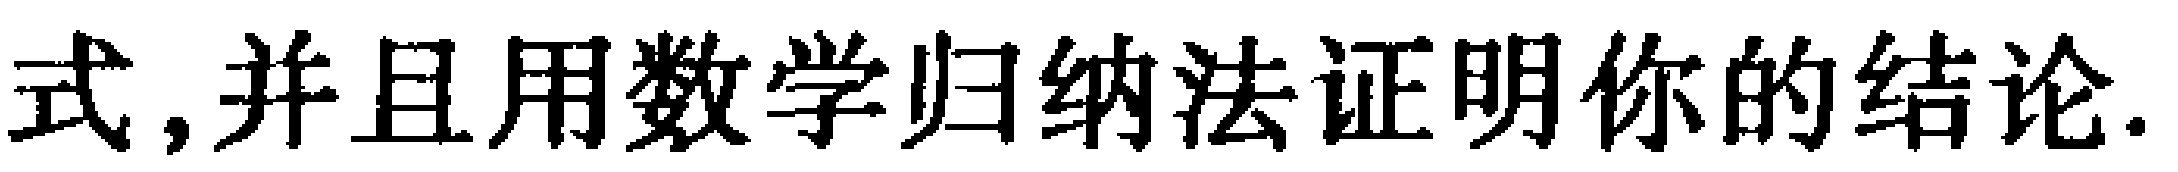
式,并且用数学归纳法证明你的结论.